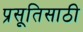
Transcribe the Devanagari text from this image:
प्रसूतिसाठी